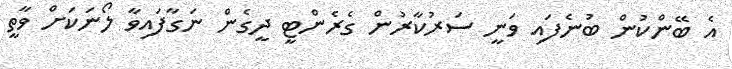
އެ ބޭންކުން ބުނެފައި ވަނީ ސަރުކާރުން ގެރެންޓީ ދީގެން ނަގާފައިވާ ލޯނަކަށް ވާތީ